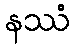
နဿံ